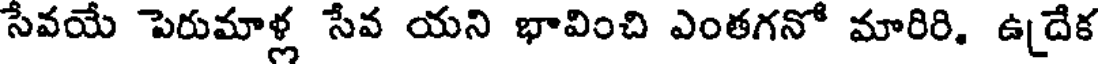
సేవయే పెరుమాళ్ల సేవ యని భావించి ఎంతగనో మారిరి. ఉదేక